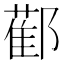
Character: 𨞂